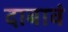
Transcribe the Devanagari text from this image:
दाबावं